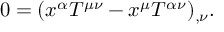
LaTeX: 0 = ( x ^ { \alpha } T ^ { \mu \nu } - x ^ { \mu } T ^ { \alpha \nu } ) _ { , \nu } .